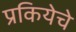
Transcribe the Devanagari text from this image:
प्रकियेचे